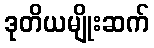
ဒုတိယမျိုးဆက်